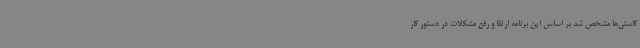
کاستی‌ها مشخص شد بر اساس این برنامه ارتقا و رفع مشکلات در دستور کار